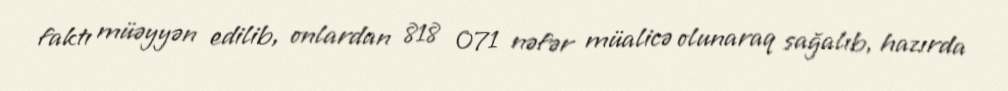
faktı müəyyən edilib, onlardan 818 071 nəfər müalicə olunaraq sağalıb, hazırda